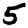
Digit: 5